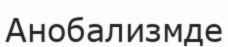
Анобализмде